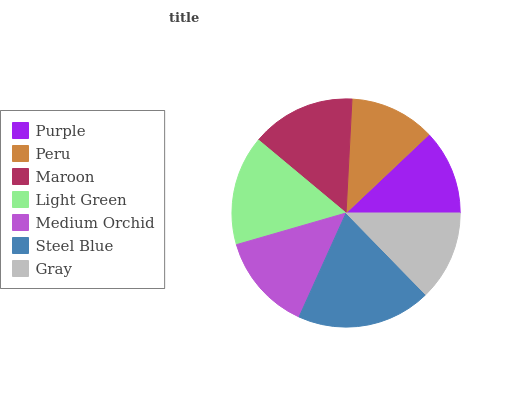
| Purple | Peru | Maroon | Light Green | Medium Orchid | Steel Blue | Gray |
 | --- | --- | --- | --- | --- | --- | --- |
 | 12.1% | 12.1% | 14.8% | 15.5% | 13.8% | 19.1% | 12.7% |